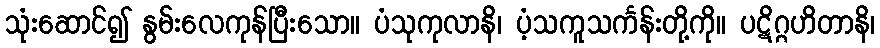
သုံးဆောင်၍ နွမ်းလေကုန်ပြီးသော။ ပံသုကုလာနိ၊ ပံ့သကူသင်္ကန်းတို့ကို။ ပဋိဂ္ဂဟိတာနိ၊